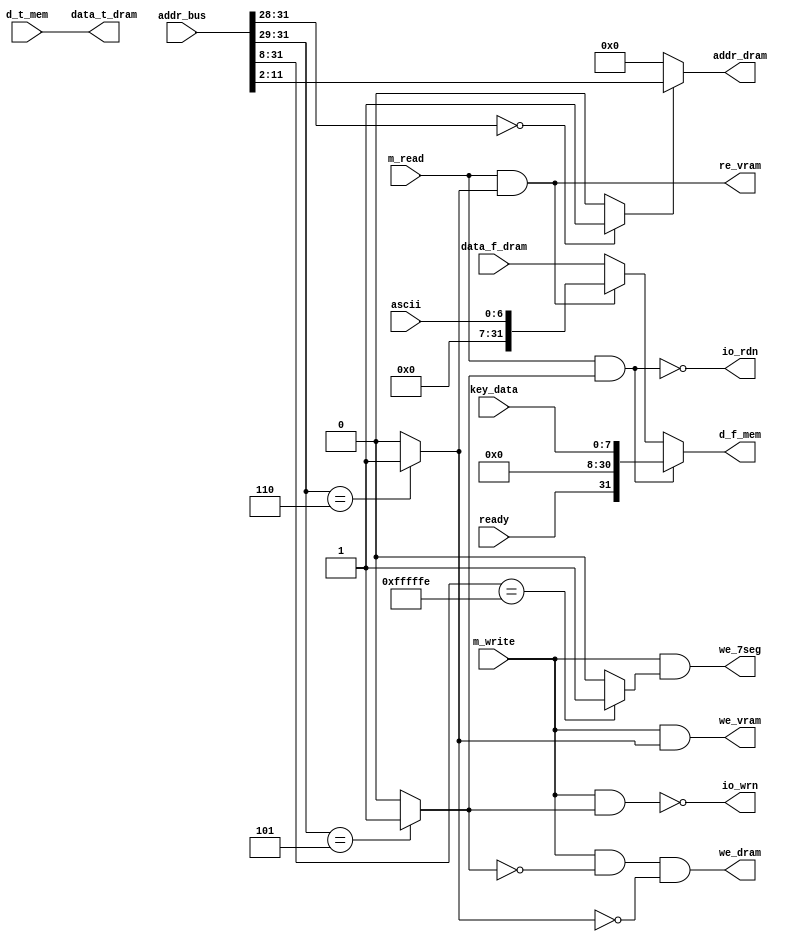
`timescale 1ns / 1ps
//////////////////////////////////////////////////////////////////////////////////
// Company: 
// Engineer: 
// 
// Design Name: 
// Module Name:    bus 
// Project Name: 
// Target Devices: 
// Tool versions: 
// Description: 
//
// Dependencies: 
//
// Revision: 
// Revision 0.01 - File Created
// Additional Comments: 
//
//////////////////////////////////////////////////////////////////////////////////
module bus(	
	input wire [31:0]addr_bus,
	input wire m_read,
	input wire m_write,
	input wire [31:0]d_t_mem,
	output wire [31:0]d_f_mem,
	
	//<<[keyboard]: d_f_mem = f(ready, key_data)
	input wire ready,
	input wire [7:0]key_data,
	//<<[vram]: d_f_mem = f(ascii)
	input wire [6:0]ascii,
	//<>[dram]:
	output wire we_dram,
	output wire [9:0]addr_dram,
	input wire [31:0]data_f_dram,
	output wire [31:0]data_t_dram,
	//>>[7seg]:
	output wire we_7seg,
	
	
	output wire io_rdn,
	output wire io_wrn,
	output wire we_vram,
	output wire re_vram
	
	
   );
	parameter true = 1'b1, false = 1'b0;
	
	wire dram_space 	= (addr_bus[31:28] == 4'b0000) ? true : false;	// data ram space:00000000-0000ffff
	wire io_space 		= (addr_bus[31:29] == 3'b101) ? true : false;	// i/o space: 		a0000000-bfffffff, for now just keyboard
	wire vr_space 		= (addr_bus[31:29] == 3'b110) ? true : false;	// vram space: 	c0000000-dfffffff
	wire seg_space = (addr_bus[31:8] == 24'hfffffe) ? true : false;
	
	
	
					  
	// output signals
	//		enable
	
	assign io_rdn  = ~(	m_read 	& 	io_space);                // i/o read
	assign io_wrn  = ~(	m_write 	& 	io_space);                // i/o write
	assign we_vram   =   m_write 	& 	vr_space;                 // video ram write
	assign re_vram   =   m_read 	& 	vr_space;                 // video ram read
	assign we_7seg = 		m_write 	& 	seg_space;
	//		dram
	assign we_dram   =   m_write & ~io_space & ~vr_space;    // data memory write
	assign addr_dram = dram_space ? addr_bus[11:2] : 10'h0;
	assign data_t_dram = d_t_mem;
	
	assign d_f_mem = 	!io_rdn ? {ready,23'h0,key_data}
//	assign d_f_mem = 	!io_rdn ? {23'h0,ready,key_data}
								: (re_vram ? {25'h0, ascii} 
									: data_f_dram);
	


endmodule